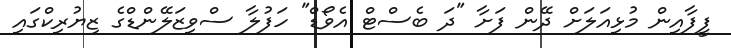
ފީފާއިން މުޅިއަލަށް ދޭން ފަށާ "ދަ ބެސްޓް އެވޯޑް" ހަފުލާ ސްވިޒަލޭންޑްގެ ޒިޔުރިކްގައި